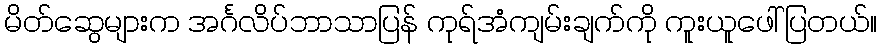
မိတ်ဆွေများက အင်္ဂလိပ်ဘာသာပြန် ကုရ်အံကျမ်းချက်ကို ကူးယူဖေါ်ပြတယ်။